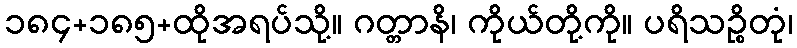
၁၈၄+၁၈၅+ထိုအရပ်သို့။ ဂတ္တာနိ၊ ကိုယ်တို့ကို။ ပရိသဉ္စိတုံ၊